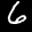
Label: 6